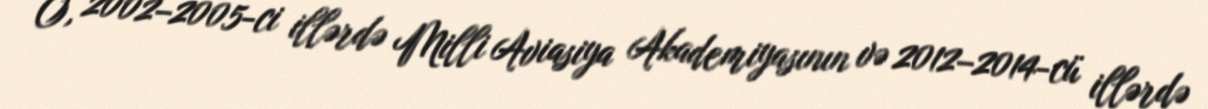
O, 2002–2005-ci illərdə Milli Aviasiya Akademiyasının və 2012–2014-cü illərdə